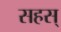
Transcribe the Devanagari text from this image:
सहस्